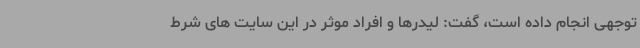
توجهی انجام داده است، گفت: لیدرها و افراد موثر در این سایت های شرط